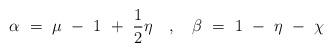
LaTeX: \begin{align*}\alpha ~=~ \mu ~-~ 1 ~+~ \frac{1}{2} \eta ~~~,~~~ \beta ~=~ 1 ~-~ \eta ~-~ \chi\end{align*}